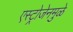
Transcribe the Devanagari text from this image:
एस्ट्रोजेनमुळे